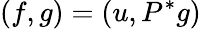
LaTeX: (f,g)=(u,P^{*}g)